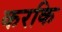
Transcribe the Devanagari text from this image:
करकि